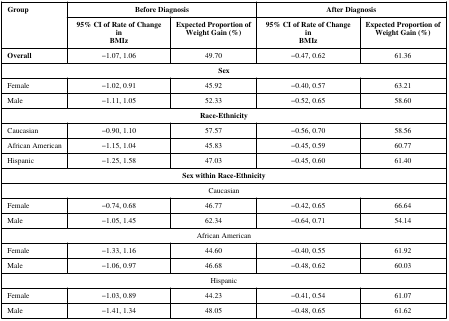
<table><thead><tr><td rowspan="2"><b>Group</b></td><td colspan="2"><b>Before Diagnosis</b></td><td colspan="2"><b>After Diagnosis</b></td></tr><tr><td><b>95% CI of Rate of Change inBMIz</b></td><td><b>Expected Proportion ofWeight Gain (%)</b></td><td><b>95% CI of Rate of Change inBMIz</b></td><td><b>Expected Proportion ofWeight Gain (%)</b></td></tr></thead><tbody><tr><td><b>Overall</b></td><td>−1.07, 1.06</td><td>49.70</td><td>−0.47, 0.62</td><td>61.36</td></tr><tr><td colspan="5"><b>Sex</b></td></tr><tr><td>Female</td><td>−1.02, 0.91</td><td>45.92</td><td>−0.40, 0.57</td><td>63.21</td></tr><tr><td>Male</td><td>−1.11, 1.05</td><td>52.33</td><td>−0.52, 0.65</td><td>58.60</td></tr><tr><td colspan="5"><b>Race-Ethnicity</b></td></tr><tr><td>Caucasian</td><td>−0.90, 1.10</td><td>57.57</td><td>−0.56, 0.70</td><td>58.56</td></tr><tr><td>African American</td><td>−1.15, 1.04</td><td>45.83</td><td>−0.45, 0.59</td><td>60.77</td></tr><tr><td>Hispanic</td><td>−1.25, 1.58</td><td>47.03</td><td>−0.45, 0.60</td><td>61.40</td></tr><tr><td colspan="5"><b>Sex within Race-Ethnicity</b></td></tr><tr><td colspan="5">Caucasian</td></tr><tr><td>Female</td><td>−0.74, 0.68</td><td>46.77</td><td>−0.42, 0.65</td><td>66.64</td></tr><tr><td>Male</td><td>−1.05, 1.45</td><td>62.34</td><td>−0.64, 0.71</td><td>54.14</td></tr><tr><td colspan="5">African American</td></tr><tr><td>Female</td><td>−1.33, 1.16</td><td>44.60</td><td>−0.40, 0.55</td><td>61.92</td></tr><tr><td>Male</td><td>−1.06, 0.97</td><td>46.68</td><td>−0.48, 0.62</td><td>60.03</td></tr><tr><td colspan="5">Hispanic</td></tr><tr><td>Female</td><td>−1.03, 0.89</td><td>44.23</td><td>−0.41, 0.54</td><td>61.07</td></tr><tr><td>Male</td><td>−1.41, 1.34</td><td>48.05</td><td>−0.48, 0.65</td><td>61.62</td></tr></tbody></table>